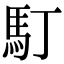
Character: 𩡯